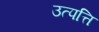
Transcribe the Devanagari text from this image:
उत्पत्ति